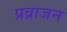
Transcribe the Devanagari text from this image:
प्रव्राजन